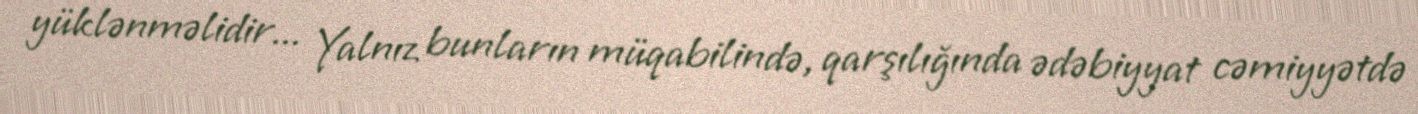
yüklənməlidir... Yalnız bunların müqabilində, qarşılığında ədəbiyyat cəmiyyətdə